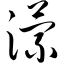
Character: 潆